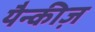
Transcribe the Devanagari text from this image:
यैन्कीज़